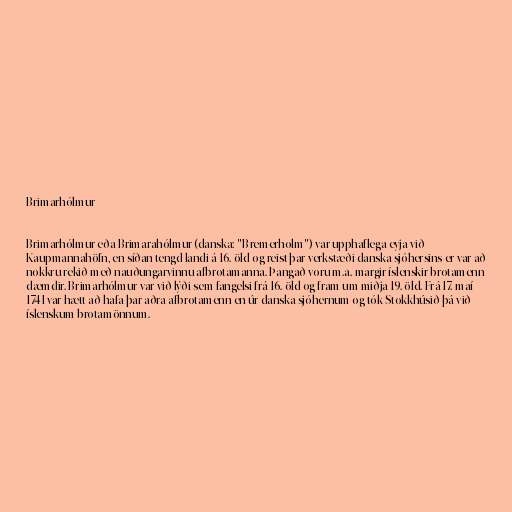
Brimarhólmur

Brimarhólmur eða Brimarahólmur (danska: "Bremerholm") var upphaflega eyja við
Kaupmannahöfn, en síðan tengd landi á 16. öld og reist þar verkstæði danska sjóhersins er var að
nokkru rekið með nauðungarvinnu afbrotamanna. Þangað voru m.a. margir íslenskir brotamenn
dæmdir. Brimarhólmur var við lýði sem fangelsi frá 16. öld og fram um miðja 19. öld. Frá 17. maí
1741 var hætt að hafa þar aðra afbrotamenn en úr danska sjóhernum og tók Stokkhúsið þá við
íslenskum brotamönnum.